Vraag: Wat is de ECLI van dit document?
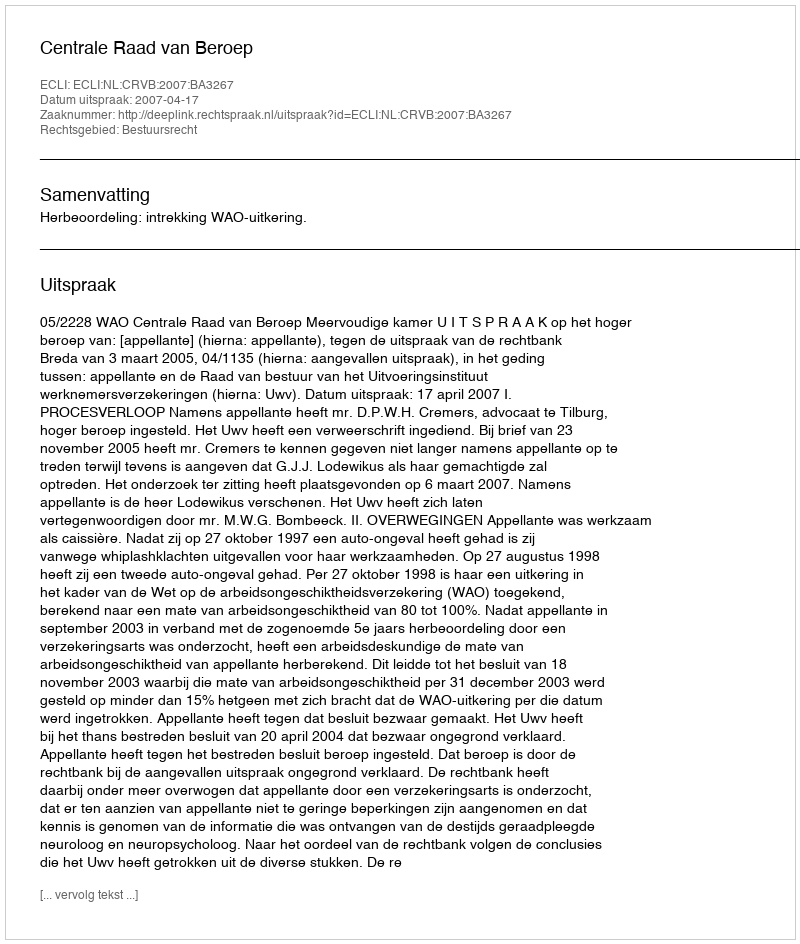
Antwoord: ECLI:NL:CRVB:2007:BA3267